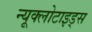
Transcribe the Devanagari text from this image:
न्यूक्लोटाइड्स